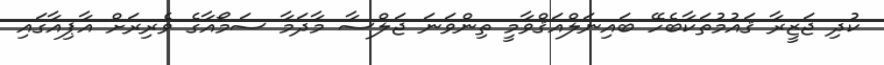
ކުދި ޖަޒީރާ ޤައުމުތަކާބެހޭ ބައިނަލްއަޤްވާމީ ތިންވަނަ ޖަލްސާ މާދަމާ ސަމޯއާގެ ވެރިރަށް އާޕިއާގައި